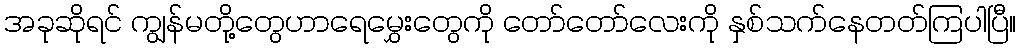
အခုဆိုရင် ကျွန်မတို့တွေဟာရေမွှေးတွေကို တော်တော်လေးကို နှစ်သက်နေတတ်ကြပါပြီ။